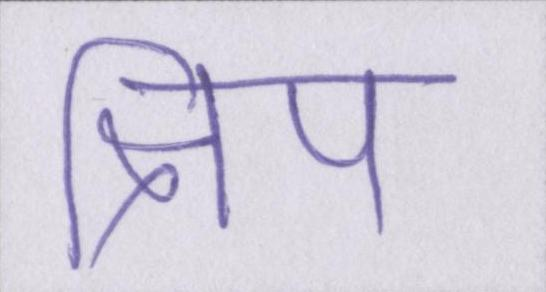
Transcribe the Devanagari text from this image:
क्षिप